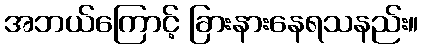
အဘယ်ကြောင့် ခြားနားနေရသနည်း။